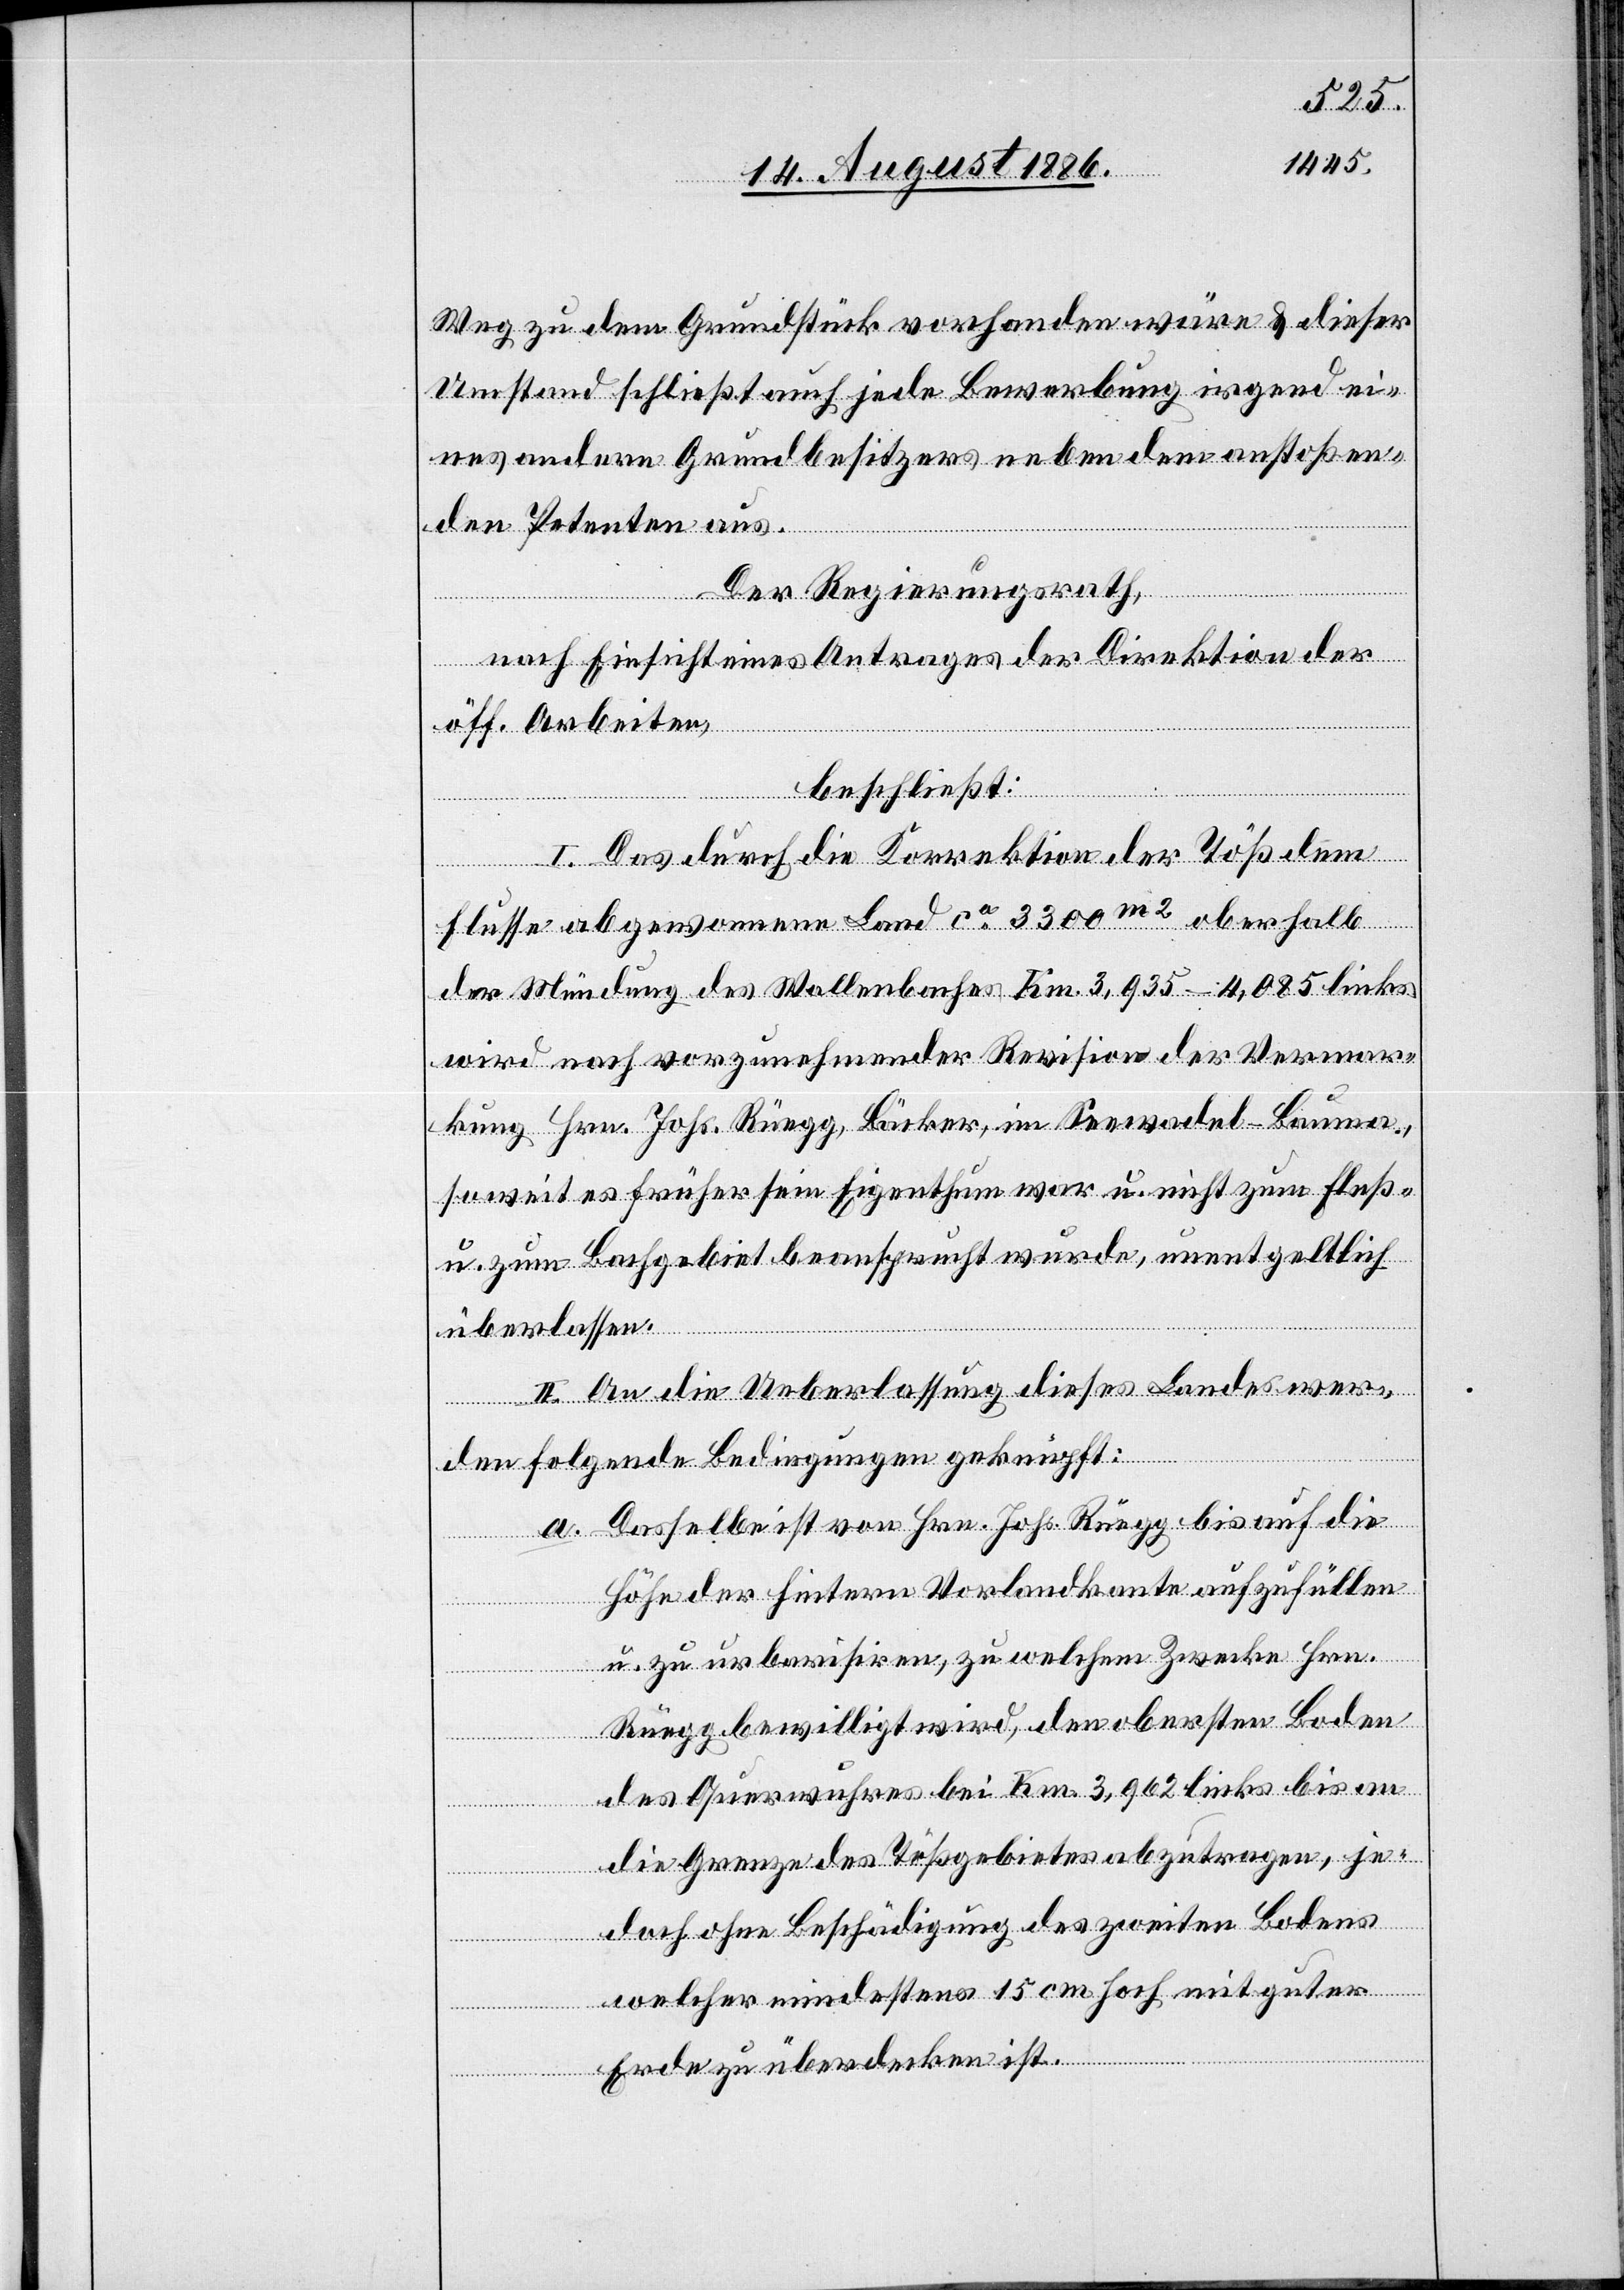
Weg zu dem Grundstück vorhanden wäre & dieser
Umstand schließt auch jede Bewerbung irgend ei¬
nes andern Grundbesitzers neben dem anstoßen¬
den Petenten aus.
Der Regierungsrath,
nach Einsicht eines Antrages der Direktion der
öff. Arbeiten,
beschließt:
I. Das durch die Korrektion der Töß dem
Flusse abgewonnene Land ca 3300m2 oberhalb
der Mündung des Wallenbaches Km. 3,935–4,085 links,
wird nach vorzunehmender Revision der Vermar¬
kung Hrn. Johs. Rüegg, Bäcker, im Seewadel - Bauma,
soweit es früher sein Eigenthum war u. nicht zum Fluß-
u. zum Bachgebiet beansprucht wurde, unentgeltlich
überlassen.
II. An die Ueberlassung dieses Landes wer¬
den folgende Bedingungen geknüpft:
a. Dasselbe ist von Hrn. Johs. Rüegg bis auf die
Höhe der hintern Vorlandkante aufzufüllen
u. zu urbarisiren, zu welchem Zwecke Hrn.
Rüegg bewilligt wird, den obersten Boden
des Querwuhres bei Km. 3,962 links bis an
die Grenze des Tößgebietes abzutragen, je¬
doch ohne Beschädigung des zweiten Bodens
welcher mindestens 15 cm hoch mit guter
Erde zu überdecken ist.